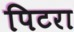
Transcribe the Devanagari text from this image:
पिटरा